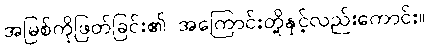
အမြစ်ကိုဖြတ်ခြင်း၏ အကြောင်းတို့နှင့်လည်းကောင်း။